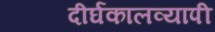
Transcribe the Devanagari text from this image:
दीर्घकालव्यापी